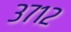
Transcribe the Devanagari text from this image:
३७१२